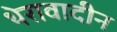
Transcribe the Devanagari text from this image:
थेरावादीन